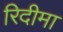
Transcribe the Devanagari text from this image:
रिदीमा